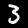
Label: 3